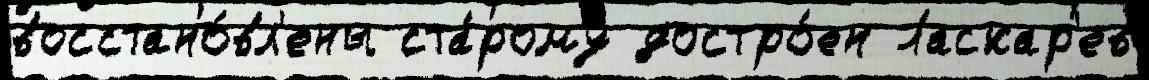
восстано́вл'ены ста́рому достро́ен Ласкар'ев